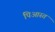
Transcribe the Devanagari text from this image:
पिआस्त